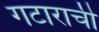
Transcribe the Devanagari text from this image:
गटाराची